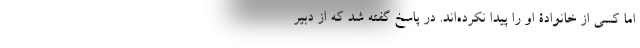
اما کسی از خانوادۀ او را پیدا نکرده‌‌اند. در پاسخ گفته شد که از دبیر